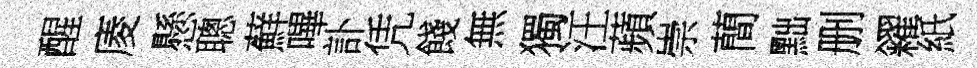
醒庱懸聰蘚嗶訃凭餞無獨汪蘋崇蕳黜删糴紙